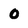
Character: 0